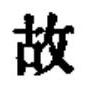
故